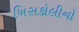
ખિસકોલીનો